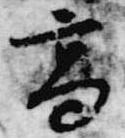
高